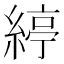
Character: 𦂃